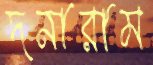
দনারাম